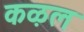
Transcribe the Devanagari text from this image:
कऴल